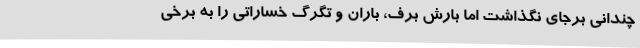
چندانی برجای نگذاشت اما بارش برف، باران و تگرگ خساراتی را به برخی